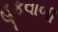
હૂકવાળી